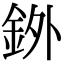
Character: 𫒓